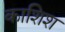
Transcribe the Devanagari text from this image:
काशिश